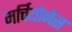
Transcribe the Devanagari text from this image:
मर्चियोनेस